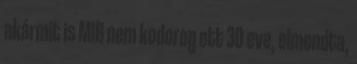
akármit is MIB nem kodorog ott 30 eve, elmondta,